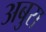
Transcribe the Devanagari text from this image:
अबुस